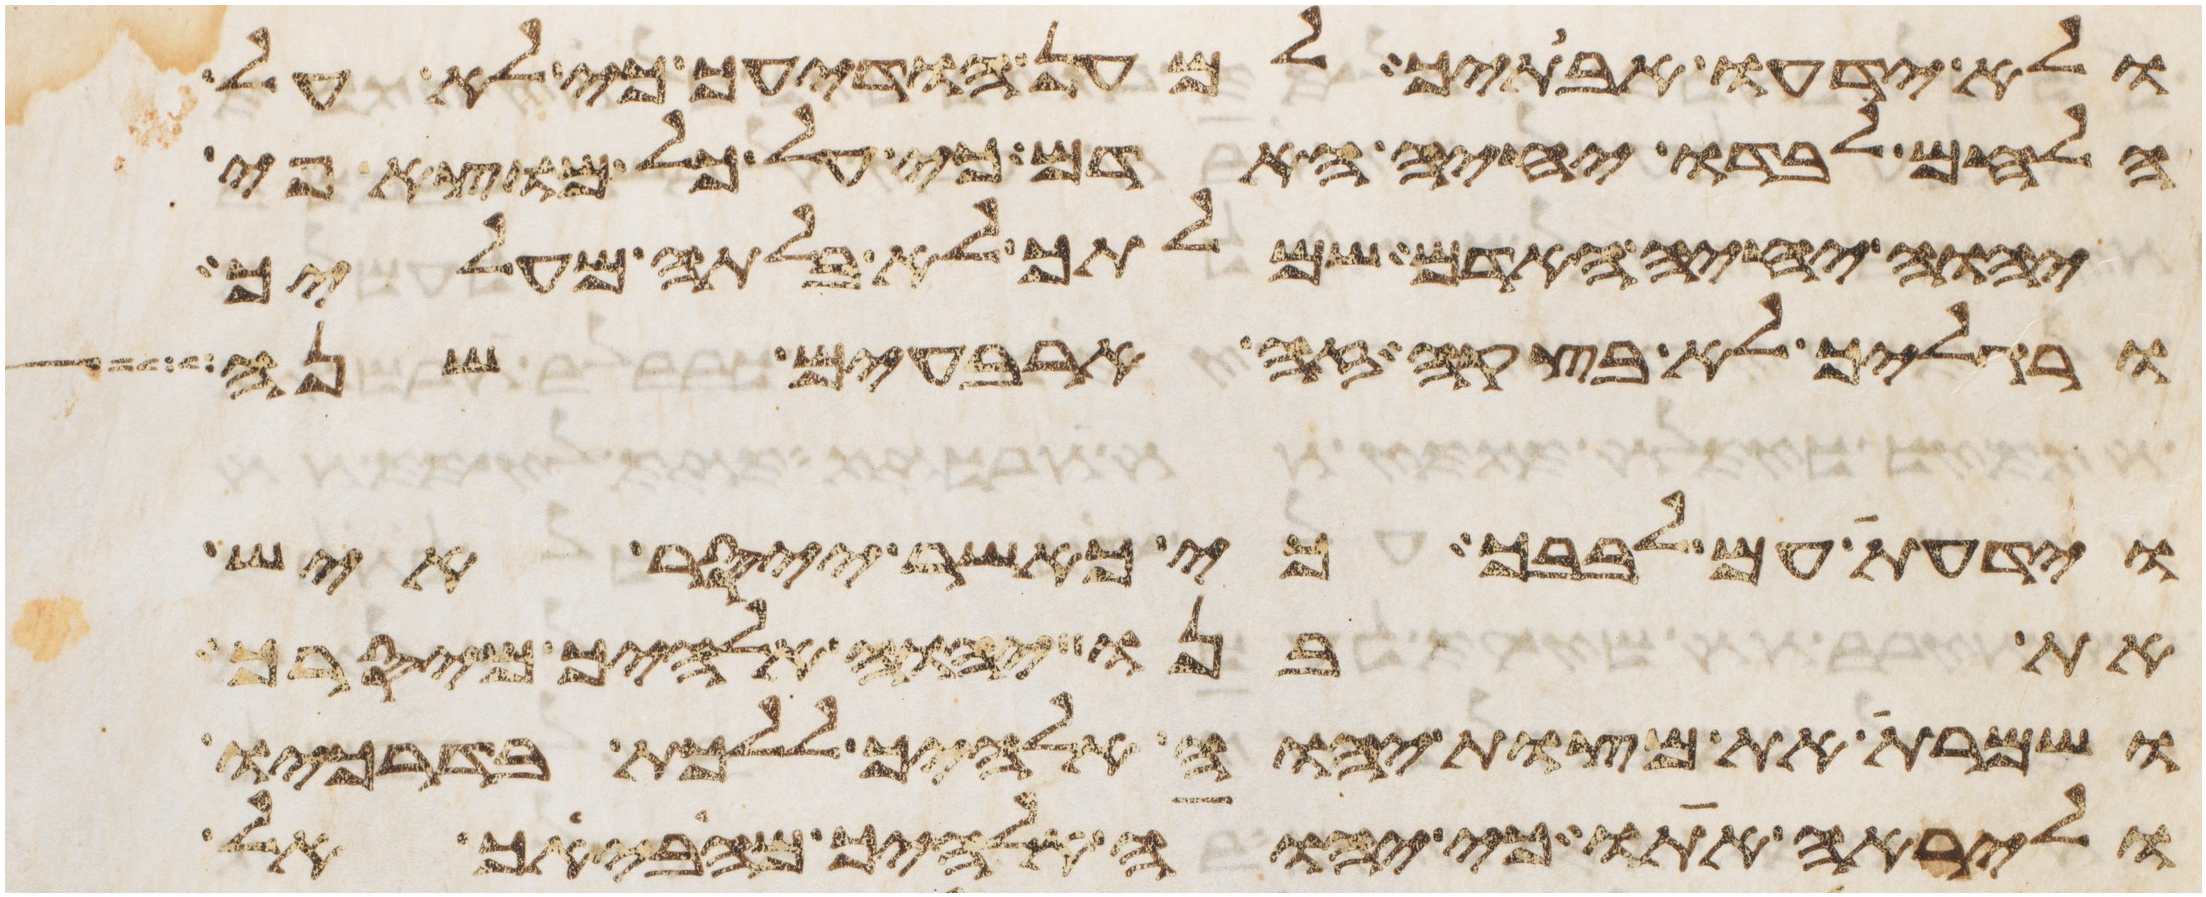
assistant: ולא ידעו אבתיך למען הודיעך כי לא על
הלחם לבדו יחיה האדם כי על כל מוצא פי
יהוה יחיה האדם שמלתך לא בלתה מעליך
ורגליך לא בצקה זה ארבעים שנה
וידעת עם לבבך כי כאשר ייסר איש
את בנו יהוה אלהיך מיסרך
ושמרת את מצות יהוה אלהיך ללכת בדרכיו
וליראה אתו כי יהוה אלהיך מביאך אל